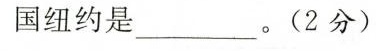
国纽约是_。（2分）